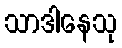
သာဒါနေသု